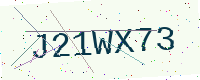
Text: J21WX73